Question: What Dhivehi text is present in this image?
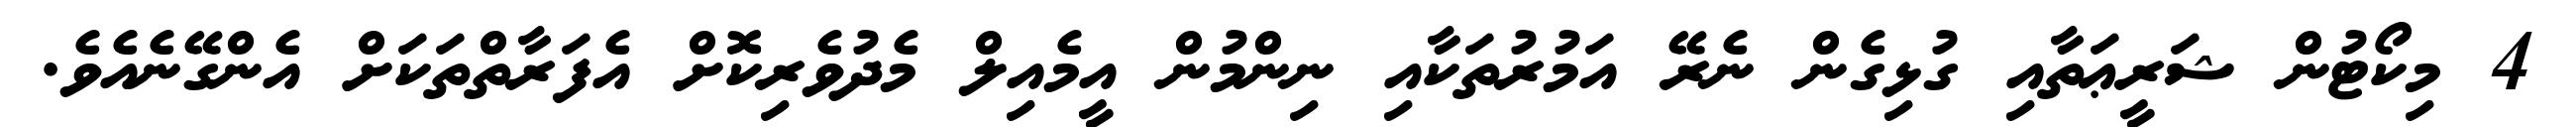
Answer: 4 މިކޯޓުން ޝަރީޢަތާއި ގުޅިގެން ނެރޭ އަމުރުތަކާއި ނިންމުން އީމެއިލް މެދުވެރިކޮށް އެފަރާތްތަކަށް އެންގޭނެއެވެ.